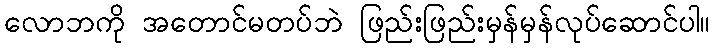
လောဘကို အတောင်မတပ်ဘဲ ဖြည်းဖြည်းမှန်မှန်လုပ်ဆောင်ပါ။